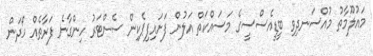
މައުލޫމާތު މުއްސަނދިވި ބީޑީއެސްސީގެ މަސައްކަތް އަލުން ފަށައިފިޕެކިން ސެންޓަރު ހިންގާނެ ފަރާތެއް ހޯދަން